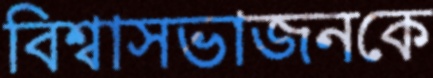
বিশ্বাসভাজনকে